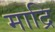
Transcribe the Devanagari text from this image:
माद्रि